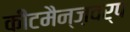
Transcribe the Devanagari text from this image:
कीटमैन्ज़वर्प